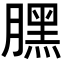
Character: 𣎚